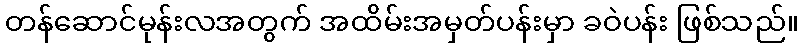
တန်ဆောင်မုန်းလအတွက် အထိမ်းအမှတ်ပန်းမှာ ခဝဲပန်း ဖြစ်သည်။